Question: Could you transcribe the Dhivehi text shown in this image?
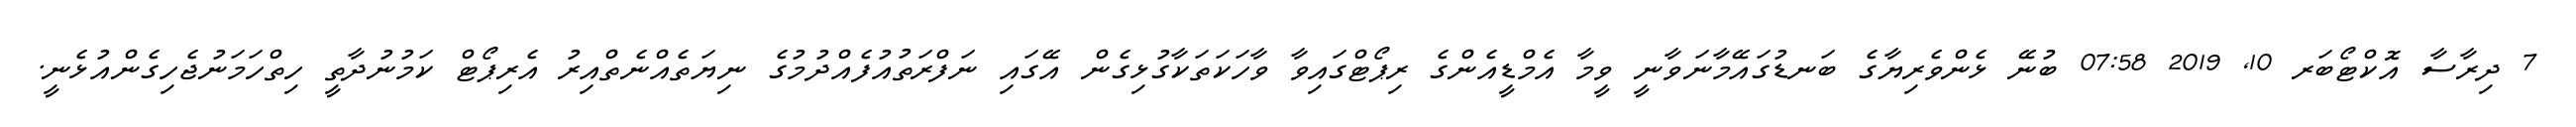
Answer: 7 ދިރާސާ އޮކްޓޯބަރ 10, 2019 07:58 ބުނޭ ޅެންވެރިޔާގެ ބަނޑުގައޭމާނަވާނީ ވީމާ އެމްޑީއެންގެ ރިޕޯޓްގައިވާ ވާހަކަތަކާގުޅިގެން އޭގައި ނަފްރަތުއުފެއްދުމުގެ ނިޔަތެއްނެތްއިރު އެރިޕޯޓް ކަމުނުދާތީ ހިތްހަމަނުޖެހިގެންއުޅެނީ.